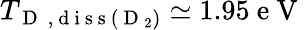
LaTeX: T_{\mathrm{~D~}\mathrm{~,~d~i~s~s~}\left(\mathrm{~D~}_{2}\right)}\simeq 1.95\mathrm{~e~V~}